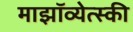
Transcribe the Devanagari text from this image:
माझॉव्येत्स्की